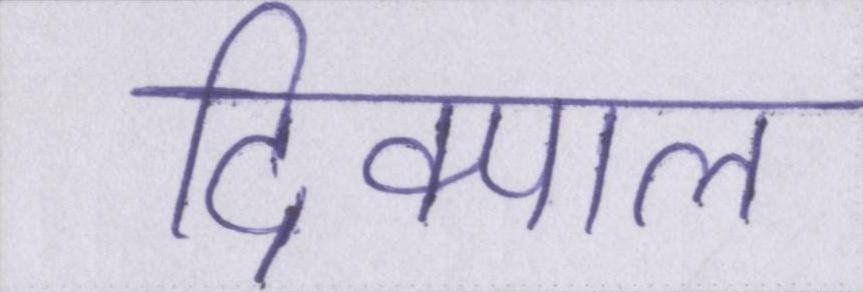
दिक्पाल